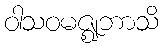
ဝါသဝမဇ္ဈဘာသိ